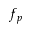
f _ { p }